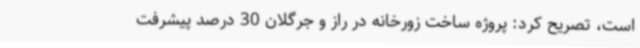
است، تصریح کرد: پروژه ساخت زورخانه در راز و جرگلان 30 درصد پیشرفت